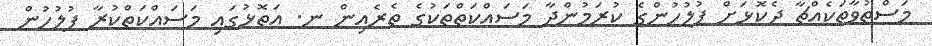
މަސްތުވާތަކެއްޗާ ދެކޮޅަށް ފުލުހުންގެ ކުރަމުންދާ މަސައްކަތްތަކުގެ ތެރެއިން ނ. އަތޮޅުގައި މަސައްކަތްކުރާ ފުލުހުން